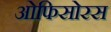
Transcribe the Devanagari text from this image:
ओफिसोरस